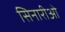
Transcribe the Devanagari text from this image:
सिनारीओ